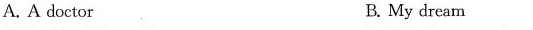
A.A doctor B.My dream